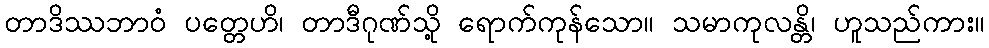
တာဒိဿဘာဝံ ပတ္တေဟိ၊ တာဒီဂုဏ်သို့ ရောက်ကုန်သော။ သမာကုလန္တိ၊ ဟူသည်ကား။